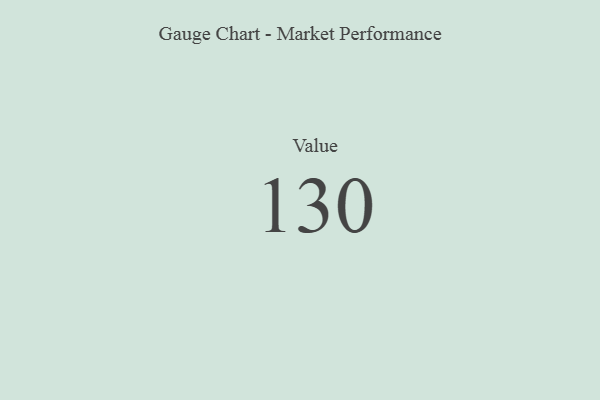
{"axis": {"x": "Metric", "y": "Value"}, "legend": [""], "data": [{"x": "Value", "y": 130, "type": ""}]}